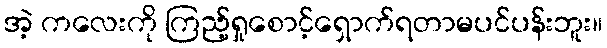
အဲ့ ကလေးကို ကြည့်ရှုစောင့်ရှောက်ရတာမပင်ပန်းဘူး။